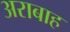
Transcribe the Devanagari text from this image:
अराबाह